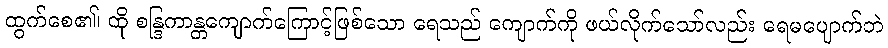
ထွက်စေ၏၊ ထို စန္ဒြကာန္တကျောက်ကြောင့်ဖြစ်သော ရေသည် ကျောက်ကို ဖယ်လိုက်သော်လည်း ရေမပျောက်ဘဲ